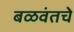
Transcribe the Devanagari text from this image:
बळवंतचे